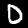
Digit: 0